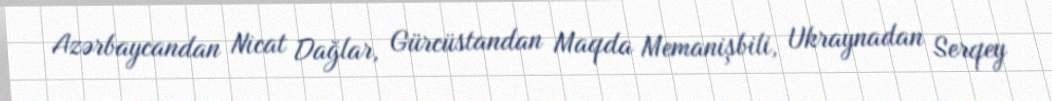
Azərbaycandan Nicat Dağlar, Gürcüstandan Maqda Memanişbili, Ukraynadan Serqey